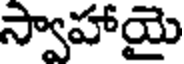
స్వాహాయై